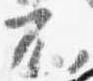
不